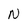
Character: n